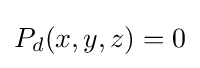
P_{d}(x,y,z)=0